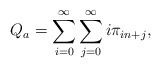
\begin{align*}Q_{a} = \sum_{i=0}^{\infty} \sum_{j=0}^{\infty} i \pi _{in+j},\end{align*}